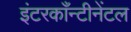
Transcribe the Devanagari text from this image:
इंटरकाँन्टीनेंटल